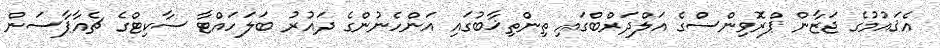
އެޤައުމުގެ ޖަޒާން ޕްރޮވިންސްގެ އަލްދަރްބްގައި ތިންތިޚާބުގައި އަންހެނުންގެ ދައުރު ބަލަހައްޓާ ސާކިޓްގެ ޗެއާޕާސަން